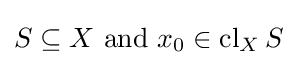
S\subseteq X{\text{ and }}x_{0}\in \operatorname {cl} _{X}S